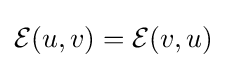
{\mathcal {E}}(u,v)={\mathcal {E}}(v,u)